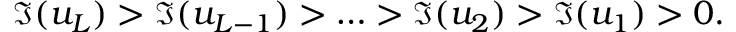
\Im ( u _ { L } ) > \Im ( u _ { L - 1 } ) > \ldots > \Im ( u _ { 2 } ) > \Im ( u _ { 1 } ) > 0 .